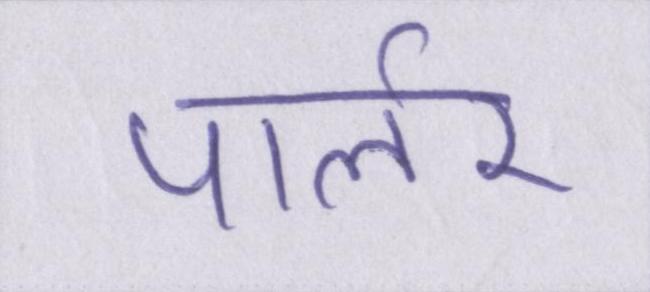
पार्लर